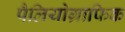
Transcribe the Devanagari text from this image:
पैलियोग्राफिक